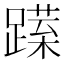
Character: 𨅈